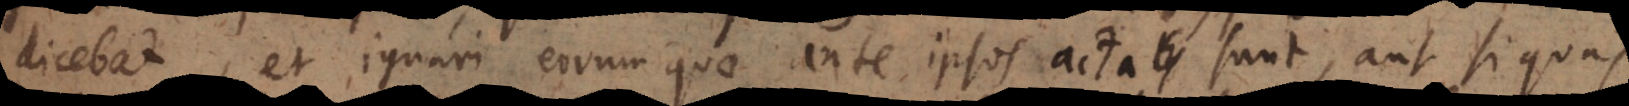
dicebat, et ignari eorum quae ante ipsos acta sunt, aut si quas